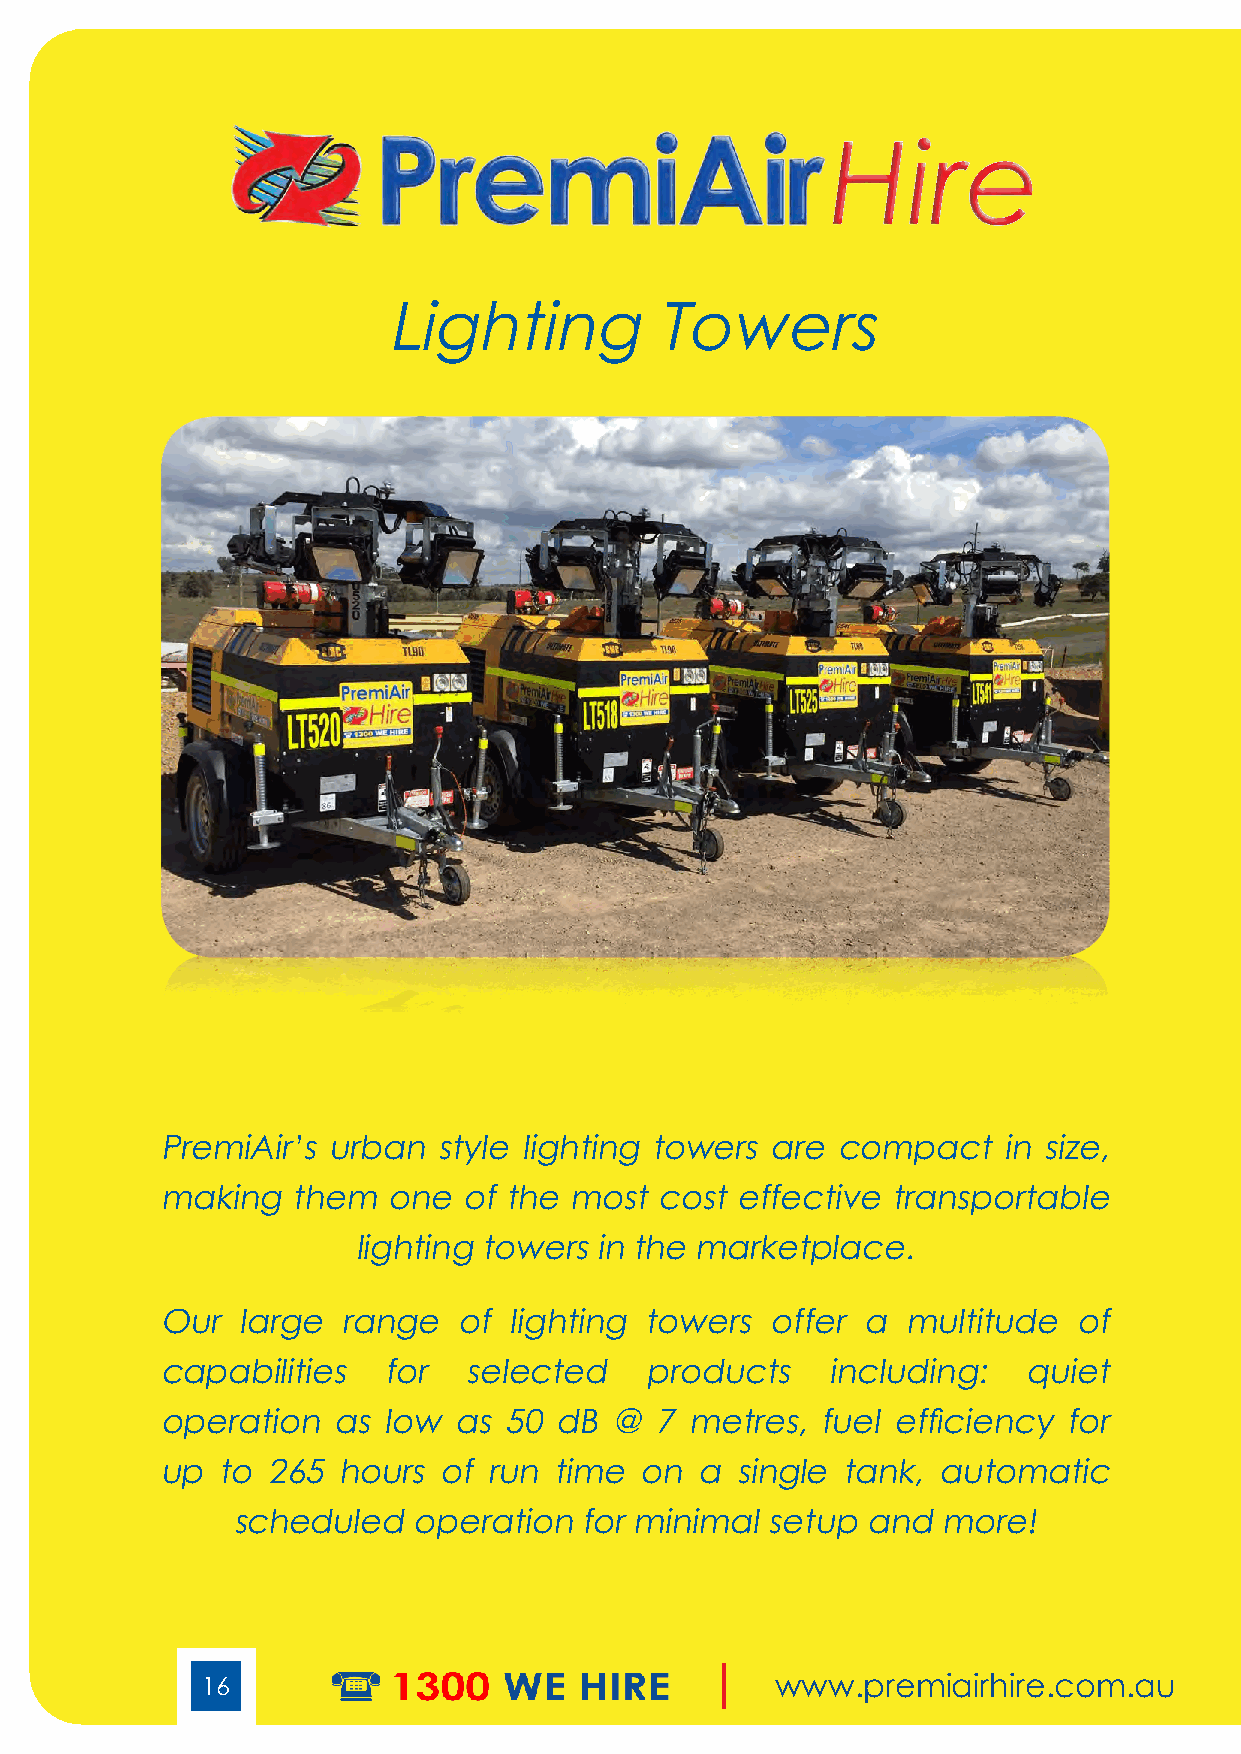
Hire
 Lighting          Towers
 PremiAir’s urban  style lighting towers are compact    in size,
 making  them   one  of the most cost  effective transportable
 lighting towers in the marketplace.
 Our  large  range  of  lighting towers  offer a  multitude  of
 capabilities  for   selected    products    including:   quiet
 operation  as low  as 50  dB @  7 metres,  fuel efficiency  for
 up to  265 hours  of run  time on  a  single tank, automatic
 scheduled   operation  for minimal  setup and  more!
 16                                    www.premiairhire.com.au